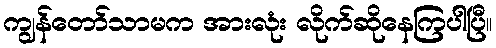
ကျွန်တော်သာမက အားလုံး လိုက်ဆိုနေကြပါပြီ။